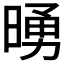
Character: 𪰵